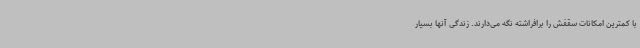
با کمترین امکانات سقفش را برافراشته نگه می‌دارند. زندگی آنها بسیار